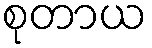
စုတာယ